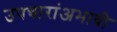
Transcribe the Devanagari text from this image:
उपचारांअभावी